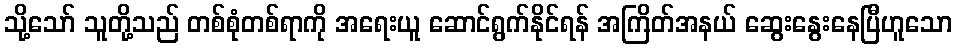
သို့သော် သူတို့သည် တစ်စုံတစ်ရာကို အရေးယူ ဆောင်ရွက်နိုင်ရန် အကြိတ်အနယ် ဆွေးနွေးနေပြီဟူသော